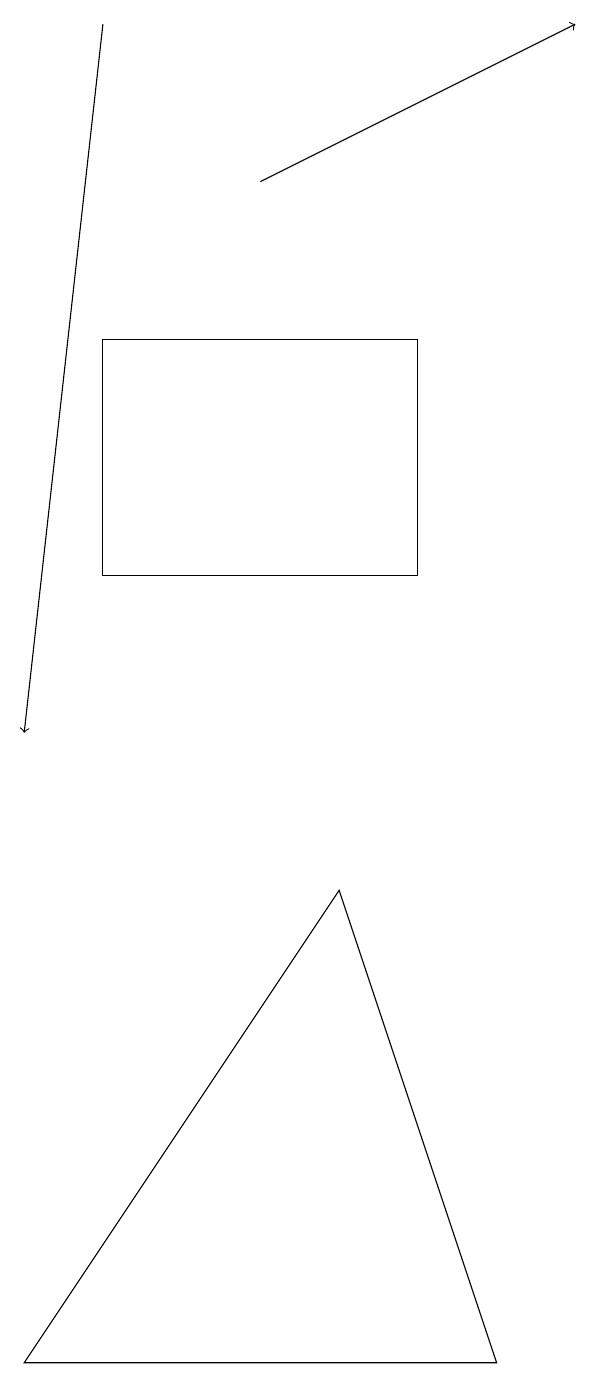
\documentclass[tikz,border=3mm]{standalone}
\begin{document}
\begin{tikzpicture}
\draw[->] (1,19) -- (0,10);
\draw (5,15) rectangle (1,12);
\draw (6,2) -- (4,8) -- (0,2) -- cycle;
\draw[->] (3,17) -- (7,19);
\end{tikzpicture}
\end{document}